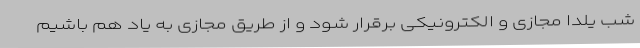
شب یلدا مجازی و الکترونیکی برقرار شود و از طریق مجازی به یاد هم باشیم